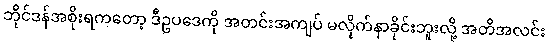
ဘိုင်ဒန်အစိုးရကတော့ ဒီဥပဒေကို အတင်းအကျပ် မလိုက်နာခိုင်းဘူးလို့ အတိအလင်း